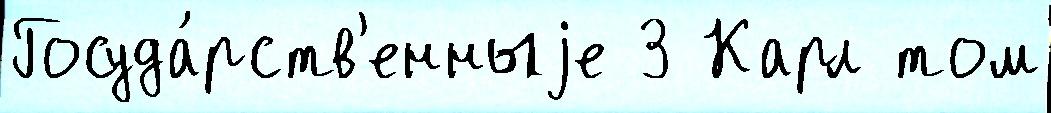
Госуда́рств'енныjе 3 Карл том